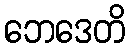
ဘေဒေတိ